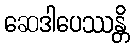
ဆေဒါပေဿန္တိ